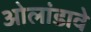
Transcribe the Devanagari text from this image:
ओलांडावे